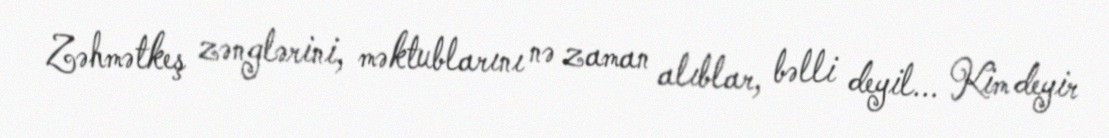
Zəhmətkeş zənglərini, məktublarını nə zaman alıblar, bəlli deyil... Kim deyir